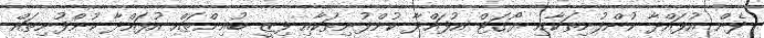
ފެން އުފައްދާ ކުންފުނިތަކާއި ޔޯގަޓް އުފައްދާ ކުންފުނިތަކާއި ފިޒީ ބުއިންތައް އުފައްދާ ކުންފުނިތައް